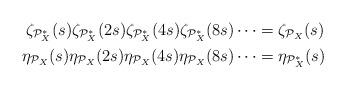
LaTeX: \begin{align*}\zeta_{\mathcal P_X^*}(s)\zeta_{\mathcal P_X^*}(2s)\zeta_{\mathcal P_X^*}(4s)\zeta_{\mathcal P_X^*}(8s)\cdots &= \zeta_{\mathcal P_X}(s) \\\eta_{\mathcal P_X}(s)\eta_{\mathcal P_X}(2s)\eta_{\mathcal P_X}(4s)\eta_{\mathcal P_X}(8s)\cdots &= \eta_{\mathcal P_X^*}(s)\end{align*}